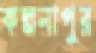
কল্পনাপুর